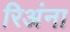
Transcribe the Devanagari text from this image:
रिअंना